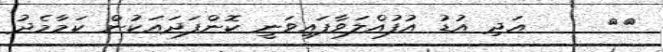
١٨     އަދި އުޑު އުފުއްލަވާފައިވަނީ ކޮންފަދައަކުން ކަމާމެދު